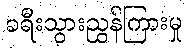
ခရီးသွားညွှန်ကြားမှု